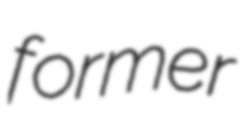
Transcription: former